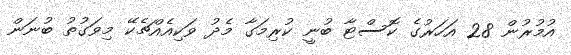
އުމުރުން 28 އަހަރުގެ ކޮސްޓާ ބުނީ ކުރިމަގާ މެދު ވަކިއެއްޗެކޭ މިވަގުތު ބުނަން